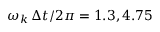
\omega _ { k } \, \Delta t / 2 \pi = 1 . 3 , 4 . 7 5